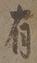
有